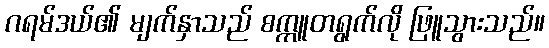
ဂရမ်ဒယ်၏ မျက်နှာသည် စက္ကူတရွက်လို ဖြူသွားသည်။